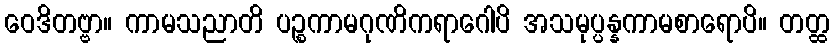
ဝေဒိတဗ္ဗာ။ ကာမသညာတိ ပဉ္စကာမဂုဏိကရာဂေါပိ အသမုပ္ပန္နကာမစာရောပိ။ တတ္ထ